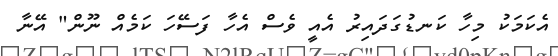
އެކަމަކު މިހާ ކަނޑުގަދައިރު އެއީ ވެސް އެހާ ފަސޭހަ ކަމެއް ނޫން" އޭނާ